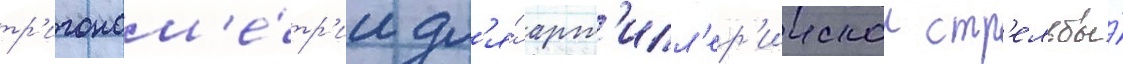
тр'игоном'е́тр'ии дл'я́ арт'илл'ер'иискои стр'ельбы́